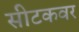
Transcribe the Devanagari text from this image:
सीटकवर